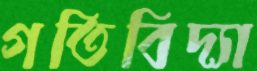
গতিবিদ্যা